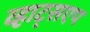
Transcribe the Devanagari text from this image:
व्हाट्सएप